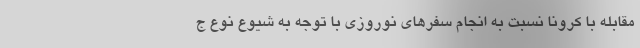
مقابله با کرونا نسبت به انجام سفرهای نوروزی با توجه به شیوع نوع ج